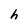
Character: h